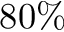
8 0 \%